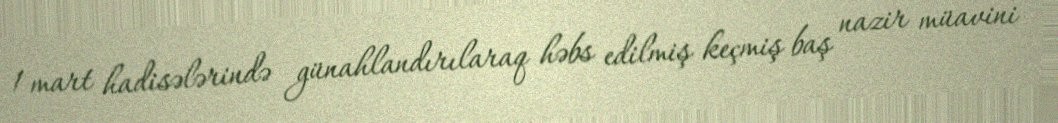
1 mart hadisələrində günahlandırılaraq həbs edilmiş keçmiş baş nazir müavini